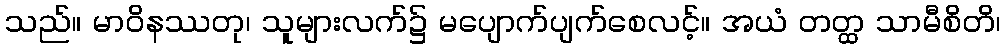
သည်။ မာဝိနဿတု၊ သူများလက်၌ မပျောက်ပျက်စေလင့်။ အယံ တတ္ထ သာမီစိတိ၊